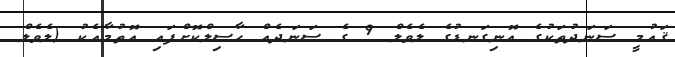
ޤައުމީ ސަނަދުތަކުގެ އޮނިގަނޑުގެ ލެވެލް 9 ގެ ސަނަދެއް ހާސިލްކޮށްފައި އޮތުމާއެކު (ލެވެލް